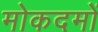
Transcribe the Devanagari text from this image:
मोकदमों